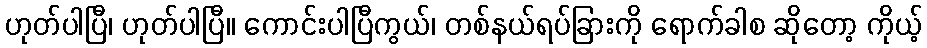
ဟုတ်ပါပြီ၊ ဟုတ်ပါပြီ။ ကောင်းပါပြီကွယ်၊ တစ်နယ်ရပ်ခြားကို ရောက်ခါစ ဆိုတော့ ကိုယ့်